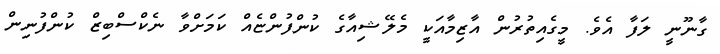
ގާނޫނީ ލަފާ އެވެ. މީގެއިތުރުން އާޒިމާއަކީ މެލޭޝިއާގެ ކުންފުންޏެއް ކަމަށްވާ ނެކްސްބިޒް ކުންފުނިން